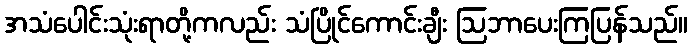
အသံပေါင်းသုံးရာတို့ကလည်း သံပြိုင်ကောင်းချီး ဩဘာပေးကြပြန်သည်။